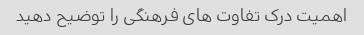
اهمیت درک تفاوت های فرهنگی را توضیح دهید